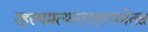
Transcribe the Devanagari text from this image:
रहस्यमत्यन्तरहस्यमेतन्न